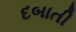
દબાતી